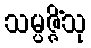
သမ္ပဇ္ဇိံသု